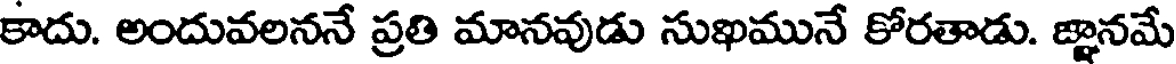
కాదు. అందువలననే ప్రతి మానవుడు సుఖమునే కోరతాడు. జ్ఞానమే